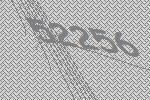
52256